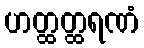
ဟတ္ထတ္ထရဏံ